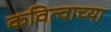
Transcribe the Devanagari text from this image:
कवित्वाच्या